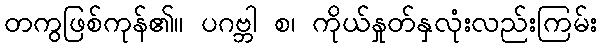
တကွဖြစ်ကုန်၏။ ပဂဗ္ဘါ စ၊ ကိုယ်နှုတ်နှလုံးလည်းကြမ်း